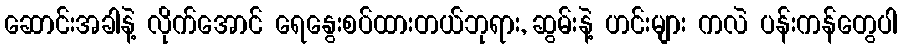
ဆောင်းအခါနဲ့ လိုက်အောင် ရေနွေးစပ်ထားတယ်ဘုရား, ဆွမ်းနဲ့ ဟင်းများ ကလဲ ပန်းကန်တွေပါ